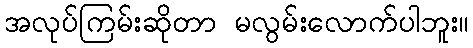
အလုပ်ကြမ်းဆိုတာ မလွမ်းလောက်ပါဘူး။